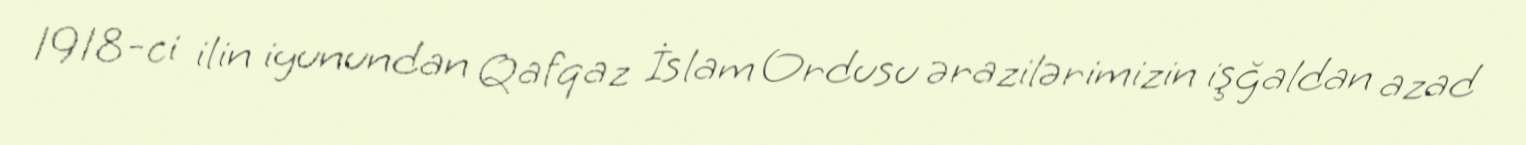
1918-ci ilin iyunundan Qafqaz İslam Ordusu ərazilərimizin işğaldan azad